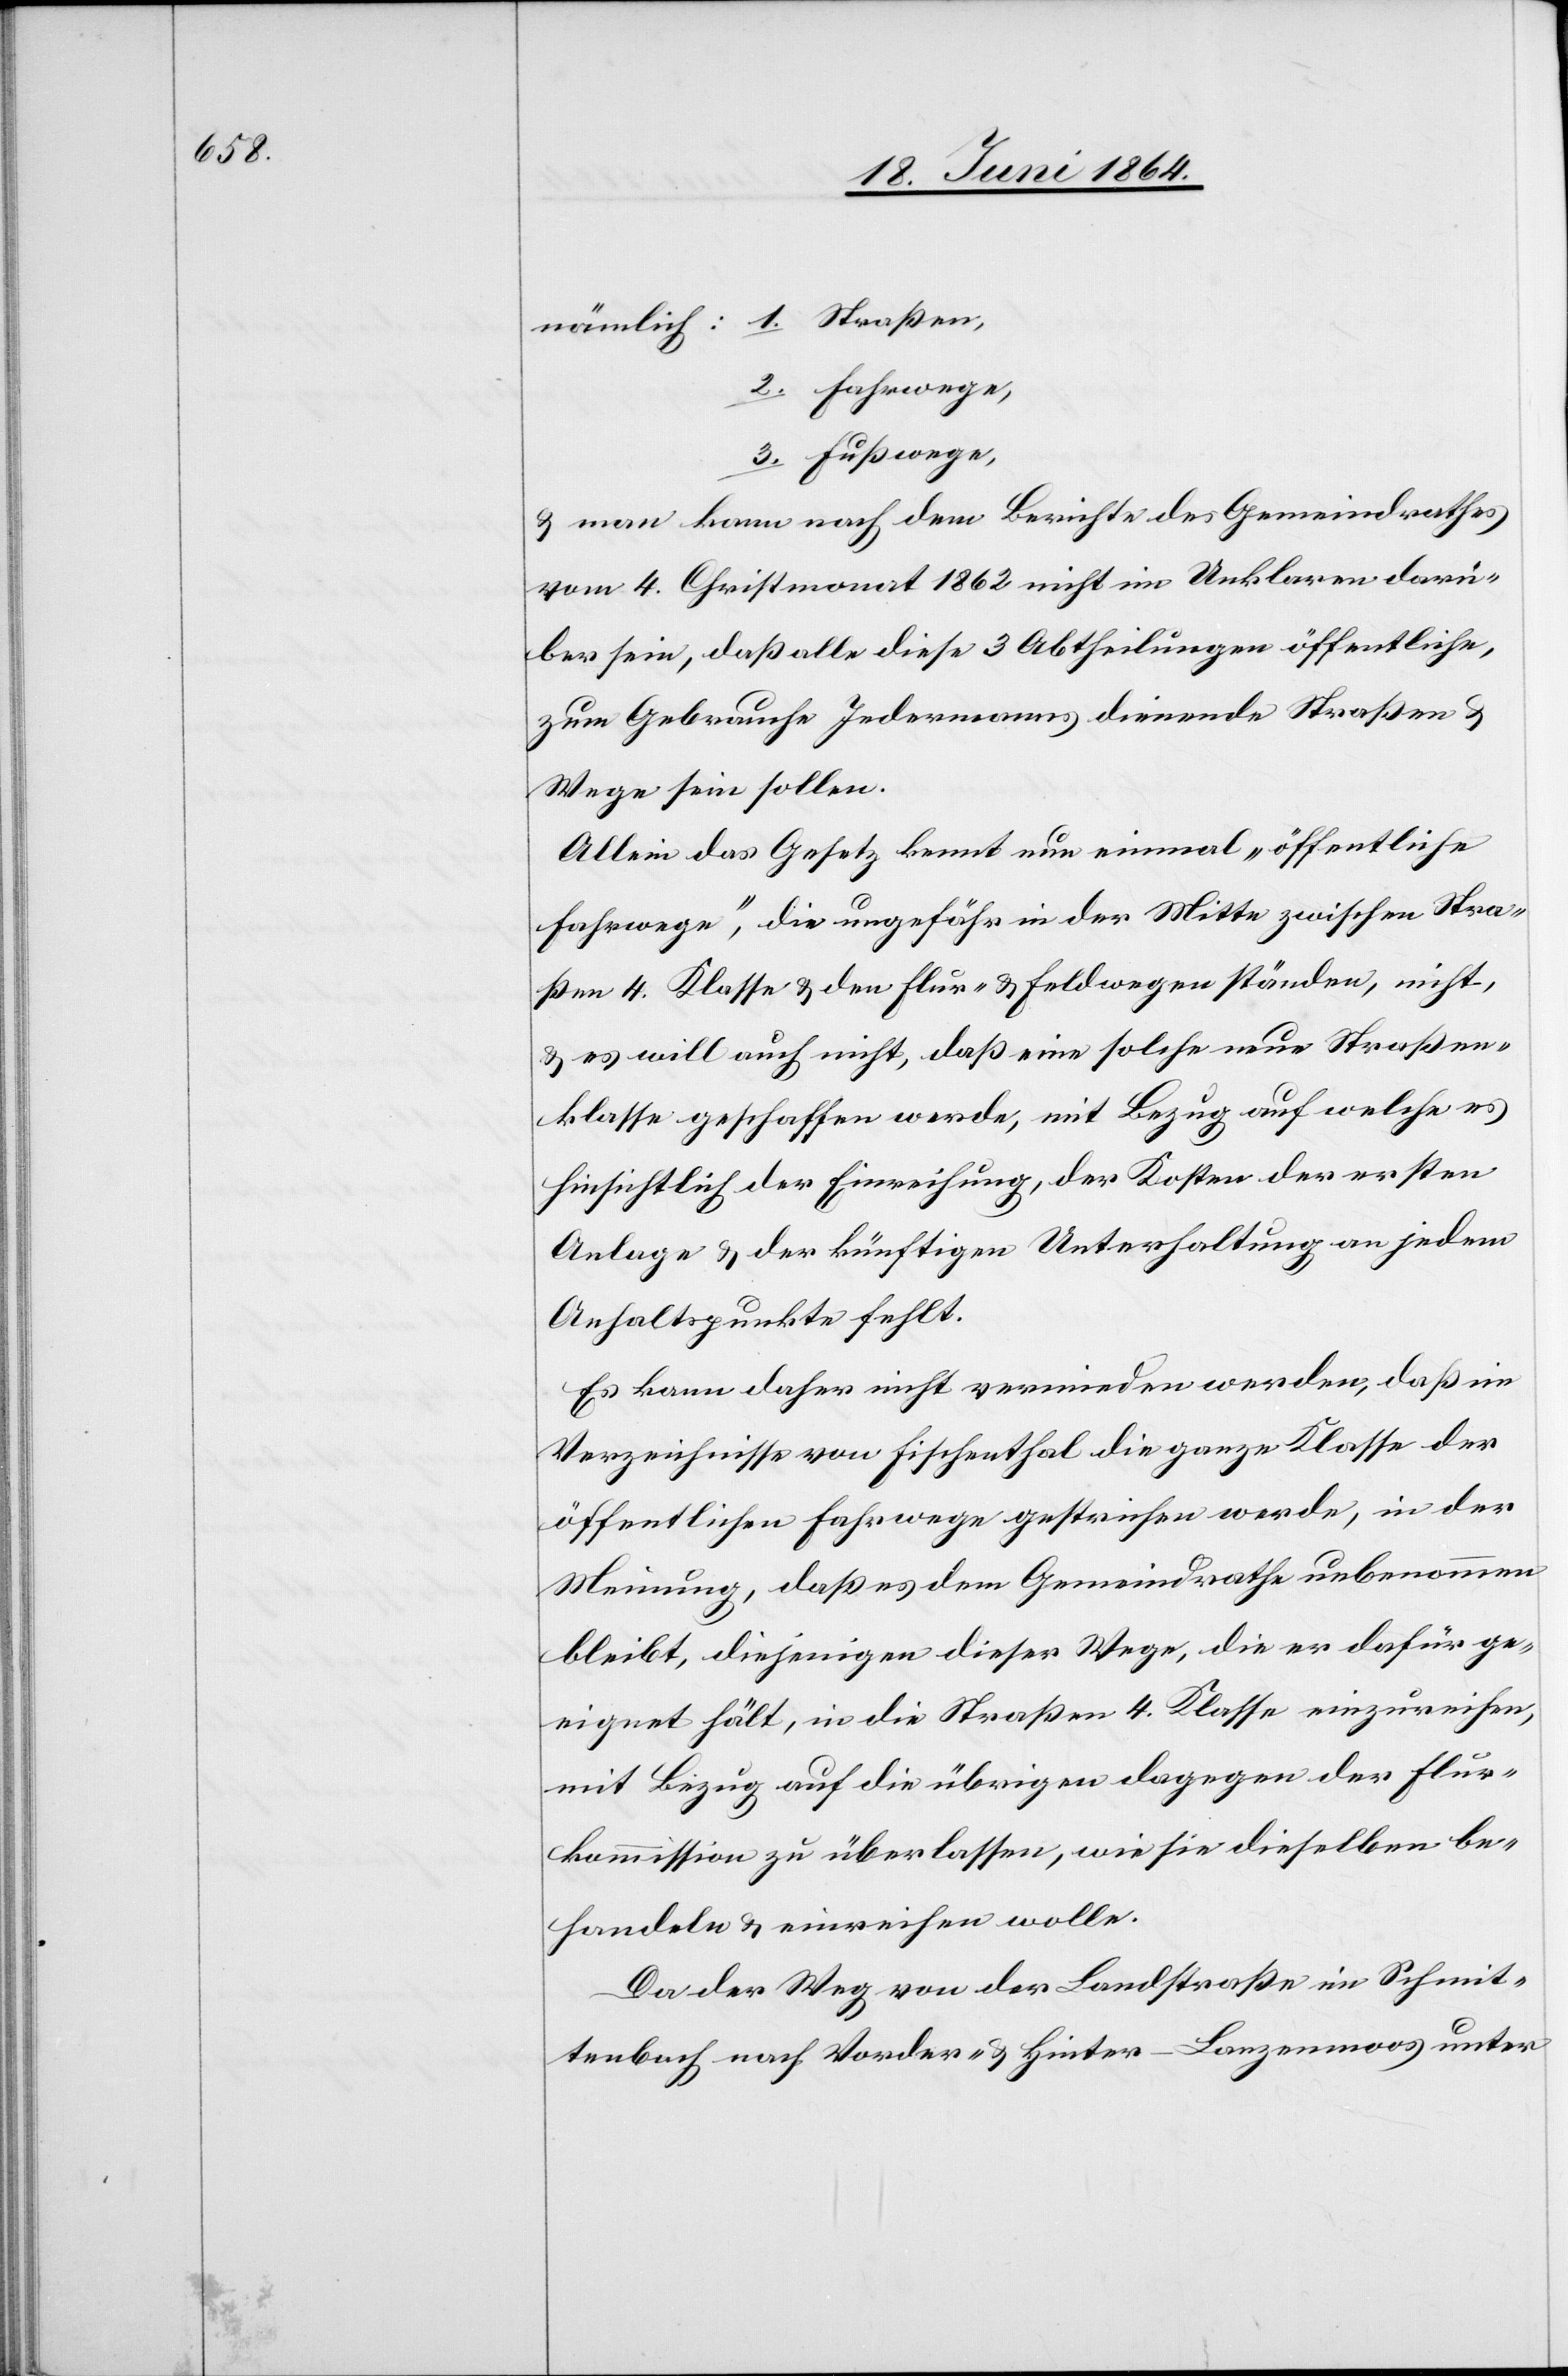
2. Fahrwege,
3. Fußwege,
u. man kann nach dem Berichte des Gemeindrathes
vom 4. Christmonat 1862 nicht im Unklaren darü¬
ber sein, daß alle diese 3 Abtheilungen öffentliche,
zum Gebrauche Jedermanns dienende Straßen u.
Wege sein sollen.
Allein das Gesetz kennt nun einmal „öffentliche
Fahrwege“, die ungefähr in der Mitte zwischen Stra¬
ßen 4. Klasse u. den Flur- u. Feldwegen ständen, nicht,
u. es will auch nicht, daß eine solche neue Straßen¬
klasse geschaffen werde, mit Bezug auf welche es
hinsichtlich der Einreihung, der Kosten der ersten
Anlage u. der künftigen Unterhaltung an jedem
Anhaltspunkte fehlt.
Es kann daher nicht vermieden werden, daß im
Verzeichnisse von Fischenthal die ganze Klasse der
öffentlichen Fahrwege gestrichen werde, in der
Meinung, daß es dem Gemeindrathe unbenommen
bleibt, diejenigen dieser Wege, die er dafür ge¬
eignet hält, in die Straßen 4. Klasse einzureichen,
mit Bezug auf die übrigen dagegen der Flur¬
kommission zu überlassen, wie sie dieselben be¬
handeln u. einreichen wolle.
Da der Weg von der Landstraße im Schmit¬
tenbach nach Vorder- u. Hinter-Lanzenmoos unter